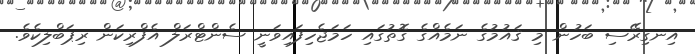
އިނގިރޭސި ބަހުން މި ޤައުމުގެ ނަމެއްގެ ގޮތުގައި ހަމަޖެހިފައިވަނީ ސެންޓްރަލް އެފްރިކަން ރިޕަބްލިކެވެ.